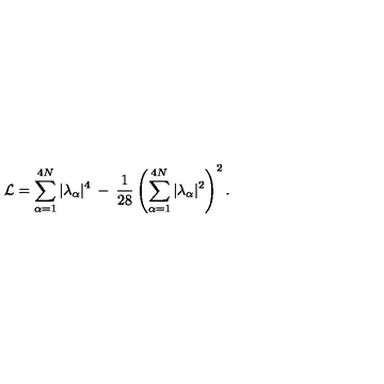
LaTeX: { \cal { L } } = \sum _ { \alpha = 1 } ^ { 4 N } | \lambda _ { \alpha } | ^ { 4 } \: - \: \frac { 1 } { 2 8 } \left( \sum _ { \alpha = 1 } ^ { 4 N } | \lambda _ { \alpha } | ^ { 2 } \right) ^ { 2 } .